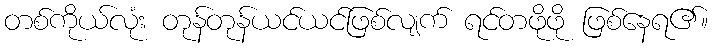
တစ်ကိုယ်လုံး တုန်တုန်ယင်ယင်ဖြစ်လျက် ရင်တဖိုဖို ဖြစ်နေရ၏။